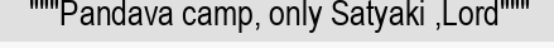
"""Pandava camp, only Satyaki ,Lord"""